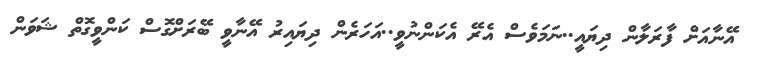
އޭނާއަށް ފާރަލާން ދިޔައީ..ނަމަވެސް އެރޭ އެކަންނުވީ..އަަހަރެން ދިޔައިރު އޭނާވީ ބޭރަށްގޮސް ކަންވީގޮތް ޝަވަން